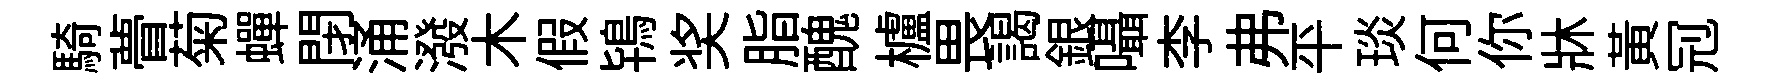
騎瞢菊蟬閉涌潑木假鴇奖脂醜櫨畏謁銀囁李弗平琰何你牀黃𠜍